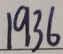
1 9 3 6